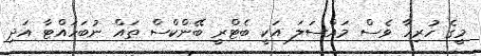
މީގެ ހުރިހާ ވެސް މައްސަލަ އަކީ ބެޓްރީ ބޭންކްސް ތައް ނުބަހައްޓާ އަދި